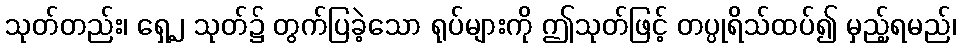
သုတ်တည်း၊ ရှေ့၂ သုတ်၌ တွက်ပြခဲ့သော ရုပ်များကို ဤသုတ်ဖြင့် တပ္ပုရိသ်ထပ်၍ မှည့်ရမည်၊